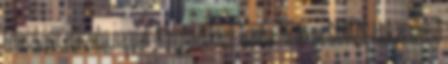
Felosztása: előszoba,nappali –konyha étkező ,1szoba ,fürdő-wc GARÁZS. 1.lakás szélső